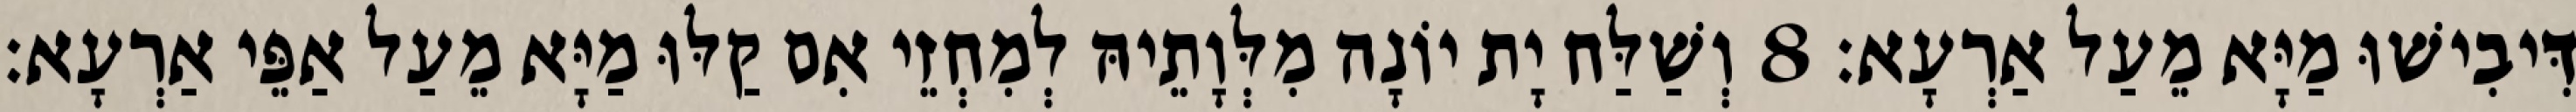
דִּיבִישׁוּ מַיָּא מֵעַל אַרְעָא׃ 8 וְשַׁלַּח יָת יוֹנָה מִלְּוָתֵיהּ לְמִחְזֵי אִם קַלּוּ מַיָּא מֵעַל אַפֵּי אַרְעָא׃